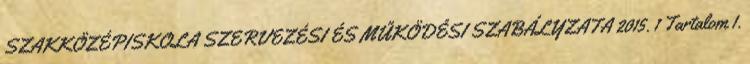
SZAKKÖZÉPISKOLA SZERVEZÉSI ÉS MŰKÖDÉSI SZABÁLYZATA 2015. 1 Tartalom 1.